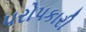
પરોપકારી